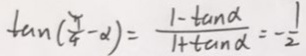
\tan ( \frac { \pi } { 4 } - \alpha ) = \frac { 1 - \tan \alpha } { 1 + \tan \alpha } = - \frac { 1 } { 2 }